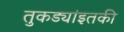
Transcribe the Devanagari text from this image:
तुकड्यांइतकी